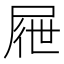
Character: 屜